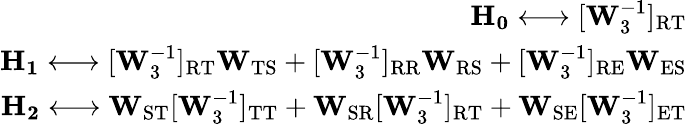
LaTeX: \begin{array}{r}{\mathbf{H_{0}}\longleftrightarrow[\mathbf{W}_{3}^{-1}]_{\mathrm{RT}}}\\ {\mathbf{H_{1}}\longleftrightarrow[\mathbf{W}_{3}^{-1}]_{\mathrm{RT}}\mathbf{W}_{\mathrm{TS}}+[\mathbf{W}_{3}^{-1}]_{\mathrm{RR}}\mathbf{W}_{\mathrm{RS}}+[\mathbf{W}_{3}^{-1}]_{\mathrm{RE}}\mathbf{W}_{\mathrm{ES}}}\\ {\mathbf{H_{2}}\longleftrightarrow\mathbf{W}_{\mathrm{ST}}[\mathbf{W}_{3}^{-1}]_{\mathrm{TT}}+\mathbf{W}_{\mathrm{SR}}[\mathbf{W}_{3}^{-1}]_{\mathrm{RT}}+\mathbf{W}_{\mathrm{SE}}[\mathbf{W}_{3}^{-1}]_{\mathrm{ET}}}\end{array}